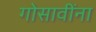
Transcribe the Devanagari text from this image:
गोसावींना